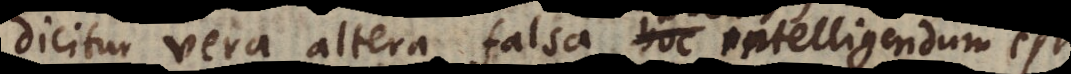
dicitur vera altera falsa, hoc intelligendum est